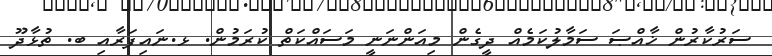
ސަރުކާރުން ޚާއްޞަ ސަމާލުކަމެއް ދީގެން މިއަންނަނީ މަސައްކަތް ކުރަމުން. ޅ.ނައިފަރާއި ބ. ތުޅާދޫ